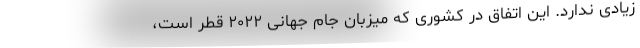
زیادی ندارد. این اتفاق در کشوری که میزبان جام جهانی ۲۰۲۲ قطر است،